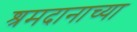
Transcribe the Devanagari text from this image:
श्रमदानाच्या